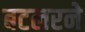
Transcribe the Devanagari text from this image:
बटलरने